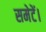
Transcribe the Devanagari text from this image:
समेटें।